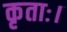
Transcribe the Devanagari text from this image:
कृताः।